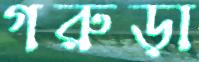
গরুড়া